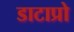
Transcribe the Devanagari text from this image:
डाटाप्रो